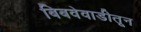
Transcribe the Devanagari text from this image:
बिबवेवाडीतून